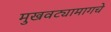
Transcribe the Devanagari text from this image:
मुखवट्यामागचे